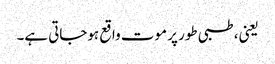
یعنی، طبی طور پر موت واقع ہوجاتی ہے۔